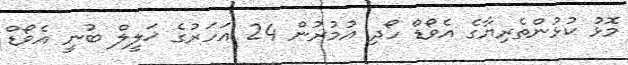
މޮޅު ކުޅުންތެރިޔާގެ އެވޯޑް ހޯދި އުމުރުން 24 އަހަރުގެ ޚަލީލް ބުނީ އެވޯޑް